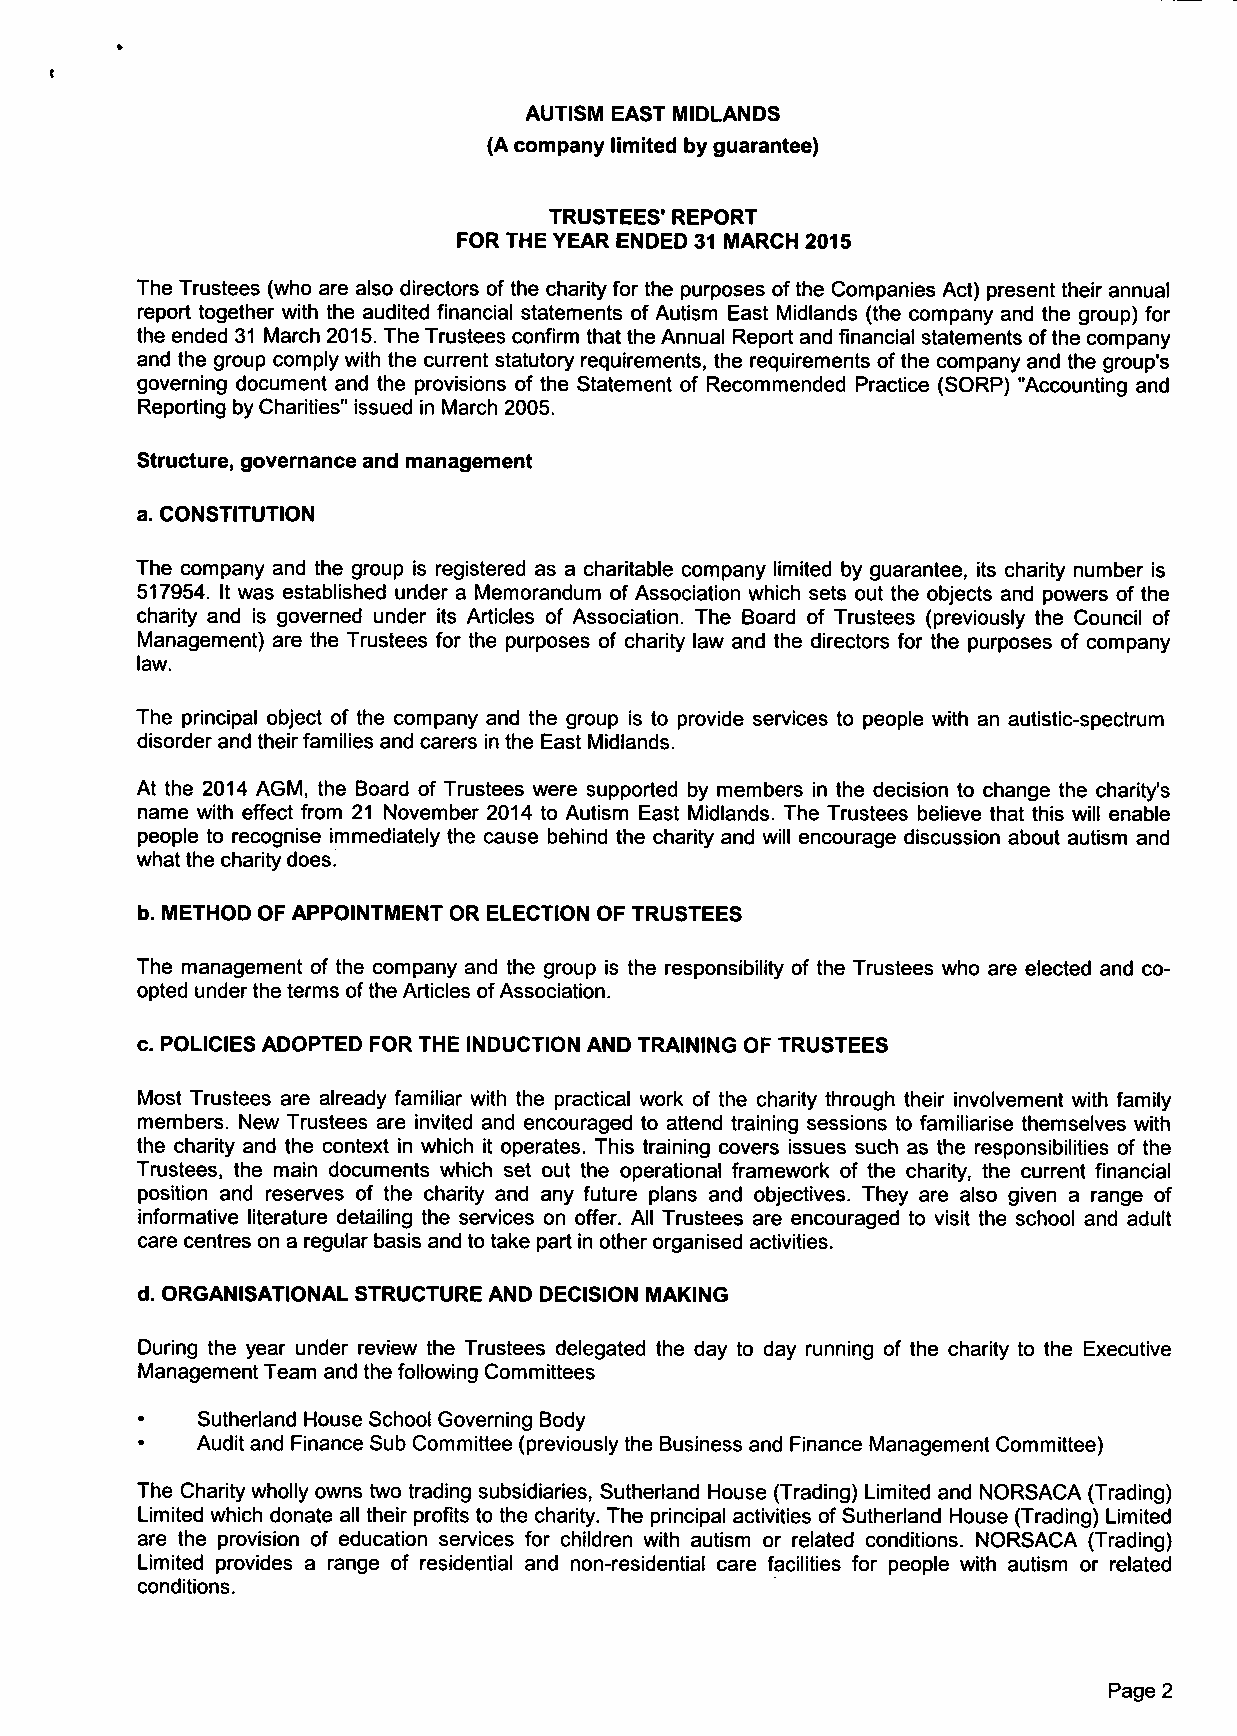
AUTISM EAST MIDLANDS
 (A company limited by guarantee)
 TRUSTEES' REPORT
 FOR THE YEAR ENDED 31 MARCH 2015
 The Trustees (who are also directors of the charity for the purposes of the Companies Act) present their annual
 report together with the audited financial statements of Autism East Midlands (the company and the group) for
 the ended 31 March 2015. The Trustees confirm that the Annual Report and financial statements ofthe company
 and the group comply with the current statutory requirements, the requirements of the company and the group's
 governing document and the provisions of the Statement of Recommended Practice (SORP) "Accounting and
 Reporting by Charities" issued in March 2005.
 Structure, governance and management
 a. CONSTITUTION
 The company and the group is registered as a charitable company limited by guarantee, its charity number is
 517954. It was established under a Memorandum of Association which sets out the objects and powers of the
 charity and is governed under its Articles of Association. The Board of Trustees (previously the Council of
 Management) are the Trustees for the purposes of charity law and the directors for the purposes of company
 law.
 The principal object of the company and the group is to provide services to people with an autistic-spectrum
 disorder and their families and carers in the East Midlands.
 At the 2014 AGM, the Board of Trustees were supported by members in the decision to change the charity's
 name with effect from 21 November 2014 to Autism East Midlands. The Trustees believe that this will enable
 people to recognise immediately the cause behind the charity and will encourage discussion about autism and
 what the charity does.
 b. METHOD OF APPOINTMENT OR ELECTION OF TRUSTEES
 The management of the company and the group is the responsibility of the Trustees who are elected and co-
 opted under the terms of the Articles of Association.
 c. POLICIES ADOPTED FOR THE INDUCTION AND TRAINING OF TRUSTEES
 Most Trustees are already familiar with the practical work of the charity through their involvement with family
 members. New Trustees are invited and encouraged to attend training sessions to familiarise themselves with
 the charity and the context in which it operates. This training covers issues such as the responsibilities of the
 Trustees, the main documents which set out the operational framework of the charity, the current financial
 position and reserves of the charity and any future plans and objectives. They are also given a range of
 informative literature detailing the services on offer. All Trustees are encouraged to visit the school and adult
 care centres on a regular basis and to take part in other organised activities.
 d. ORGANISATIONAL STRUCTURE AND DECISION MAKING
 During the year under review the Trustees delegated the day to day running of the charity to the Executive
 Management Team and the following Committees
 Sutherland House School Governing Body
 Audit and Finance Sub Committee (previously the Business and Finance Management Committee)
 The Charity wholly owns two trading subsidiaries, Sutherland House (Trading) Limited and NORSACA (Trading)
 Limited which donate all their profits to the charity. The principal activities of Sutherland House (Trading) Limited
 are the provision of education services for children with autism or related conditions. NORSACA (Trading)
 Limited provides a range of residential and non-residential care facilities for people with autism or related
 conditions.
 Page 2